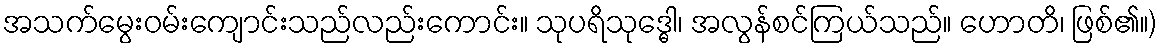
အသက်မွေးဝမ်းကျောင်းသည်လည်းကောင်း။ သုပရိသုဒ္ဓေါ၊ အလွန်စင်ကြယ်သည်။ ဟောတိ၊ ဖြစ်၏။)